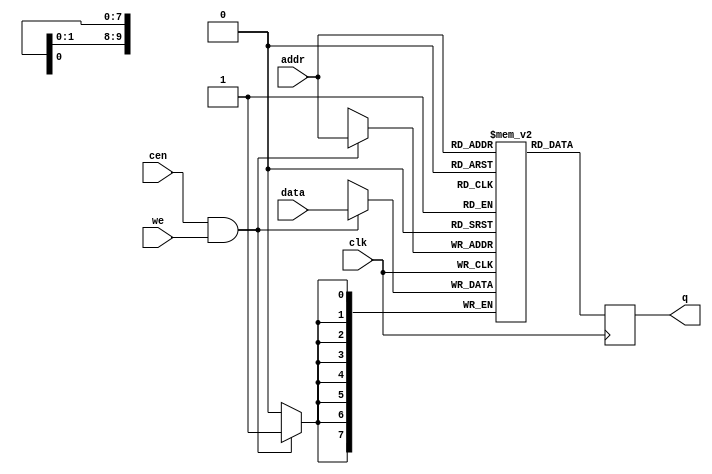
/*  This file is part of JTFRAME.
    JTFRAME program is free software: you can redistribute it and/or modify
    it under the terms of the GNU General Public License as published by
    the Free Software Foundation, either version 3 of the License, or
    (at your option) any later version.

    JTFRAME program is distributed in the hope that it will be useful,
    but WITHOUT ANY WARRANTY; without even the implied warranty of
    MERCHANTABILITY or FITNESS FOR A PARTICULAR PURPOSE.  See the
    GNU General Public License for more details.

    You should have received a copy of the GNU General Public License
    along with JTFRAME.  If not, see <http://www.gnu.org/licenses/>.

    Author: Jose Tejada Gomez. Twitter: @topapate
    Version: 1.0
    Date: 27-10-2017 */

// Generic RAM with clock enable
// parameters:
//      dw      => Data bit width, 8 for byte-based memories
//      aw      => Address bit width, 10 for 1kB
//      simfile => binary file to load during simulation
//      simhexfile => hexadecimal file to load during simulation
//      synfile => hexadecimal file to load for synthesis
//      cen_rd  => Use clock enable for reading too, by default it is used
//                 only for writting.


module jtframe_ram #(parameter dw=8, aw=10,
        simfile="", simhexfile="",
        synfile="", synbinfile="",
        cen_rd=0)(
    input   clk,
    input   cen /* direct_enable */,
    input   [dw-1:0] data,
    input   [aw-1:0] addr,
    input   we,
    output reg [dw-1:0] q
);

(* ramstyle = "no_rw_check" *) reg [dw-1:0] mem[0:(2**aw)-1];

`ifdef SIMULATION
integer f, readcnt;
initial
if( simfile != 0 ) begin
    f=$fopen(simfile,"rb");
    if( f != 0 ) begin
        readcnt=$fread( mem, f );
        $display("INFO: Read %14s (%4d bytes) for %m",simfile, readcnt);
        $fclose(f);
    end else begin
        $display("WARNING: %m cannot open file: %s", simfile);
    end
    end
else begin
    if( simhexfile != 0 ) begin
        $readmemh(simhexfile,mem);
        $display("INFO: Read %14s (hex) for %m", simhexfile);
    end else begin
        if( synfile != 0 ) begin
            $readmemh(synfile,mem);
            $display("INFO: Read %14s for %m", synfile);
        end else
            for( readcnt=0; readcnt<(2**aw)-1; readcnt=readcnt+1 )
                mem[readcnt] = {dw{1'b0}};
    end
end
`else
// file for synthesis:
initial if(synfile!=0 )$readmemh(synfile,mem);
initial if(synbinfile!=0 )$readmemb(synbinfile,mem);
`endif

always @(posedge clk) begin
    if( !cen_rd || cen ) q <= mem[addr];
    if( cen && we) mem[addr] <= data;
end

endmodule